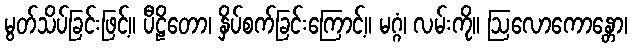
မွတ်သိပ်ခြင်းဖြင့်။ ပီဠိတော၊ နှိပ်စက်ခြင်းကြောင့်။ မဂ္ဂံ၊ လမ်းကို။ ဩလောကောန္တော၊